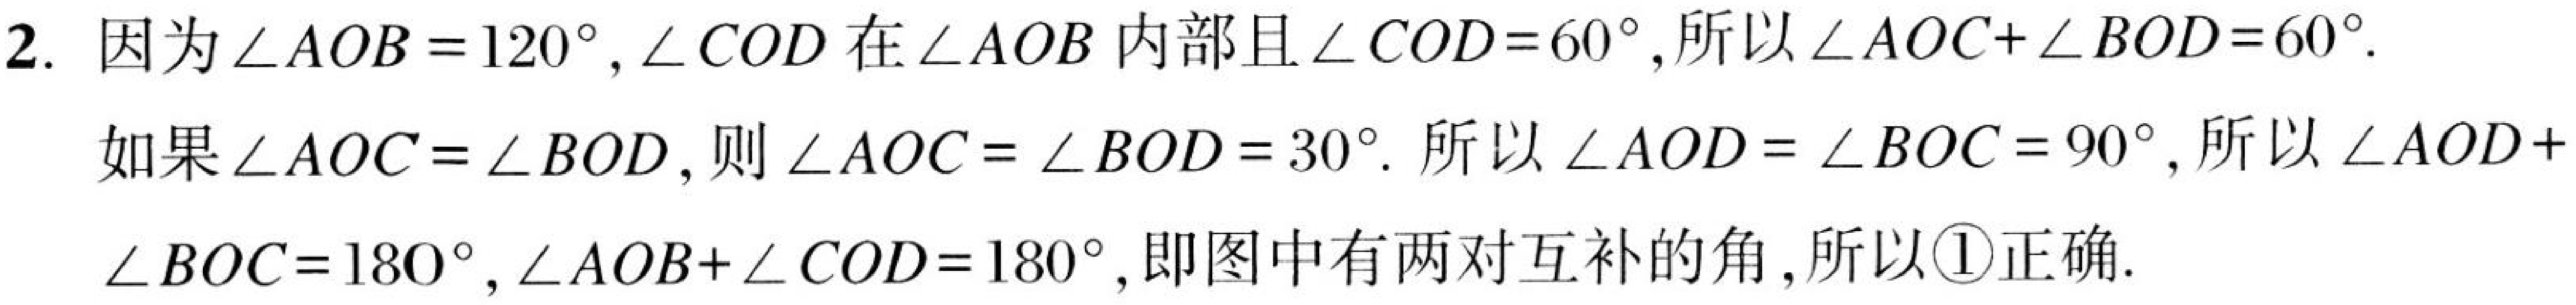
2. 因为\(\angle AOB = 120^{\circ}\)，\(\angle COD\)在\(\angle AOB\)内部且\(\angle COD = 60^{\circ}\)，所以\(\angle AOC+\angle BOD = 60^{\circ}\).
如果\(\angle AOC=\angle BOD\)，则\(\angle AOC=\angle BOD = 30^{\circ}\). 所以\(\angle AOD=\angle BOC = 90^{\circ}\)，所以\(\angle AOD +\)
\(\angle BOC = 180^{\circ}\)，\(\angle AOB+\angle COD = 180^{\circ}\)，即图中有两对互补的角，所以\textcircled{1}正确.